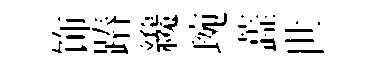
饰蹖纔琬蕋世